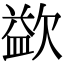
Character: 𣣼